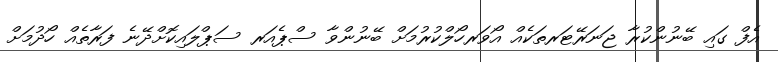
އެފް ގައި ބޭނުންކުރާ ޖަނަރޭޓަރތަކެއް އޯވަރހޯލްކުރުމަށް ބޭނުންވާ ސްޕެއަރ ސަޕްލައިކޮށްދޭނެ ފަރާތެއް ހޯދުމަށް